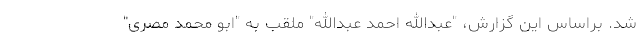
شد. براساس این گزارش، "عبدالله احمد عبدالله" ملقب به "ابو محمد مصری"